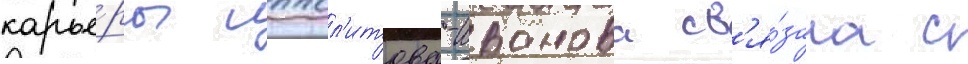
карье́ры иппол'итова-иванова св'я́зана с